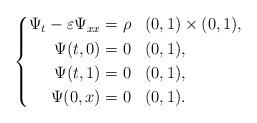
LaTeX: \begin{align*} \left\{ \begin{aligned} \Psi_t - \varepsilon \Psi_{xx} & = \rho && (0,1) \times (0,1), \\ \Psi(t,0) &= 0 && (0,1), \\ \Psi(t,1) &= 0 && (0,1), \\ \Psi(0,x) &= 0 && (0,1). \end{aligned} \right.\end{align*}